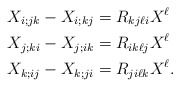
\begin{align*}X_{i;jk} - X_{i;kj} &= R_{kj\ell i} X^\ell\\X_{j;ki} - X_{j;ik} &= R_{ik\ell j} X^\ell\\X_{k;ij} - X_{k;ji} &= R_{ji\ell k} X^\ell. \end{align*}